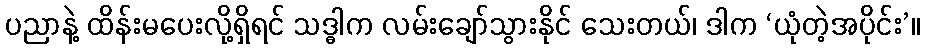
ပညာနဲ့ ထိန်းမပေးလို့ရှိရင် သဒ္ဓါက လမ်းချော်သွားနိုင် သေးတယ်၊ ဒါက ‘ယုံတဲ့အပိုင်း’။